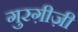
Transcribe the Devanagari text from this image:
गुरग़ीज़ी